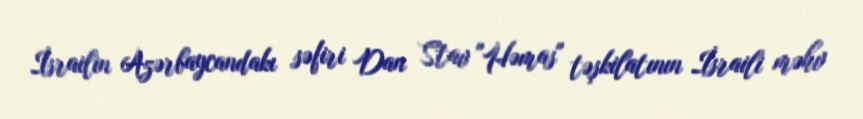
İsrailin Azərbaycandakı səfiri Dan Stav "Həmas" təşkilatının İsraili məhv